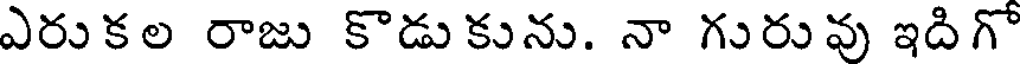
ఎరుకల రాజు కొడుకును. నా గురువు ఇదిగో